Indian journal of veterinary science and animal husbandry - Volume 9,
Year: 1939
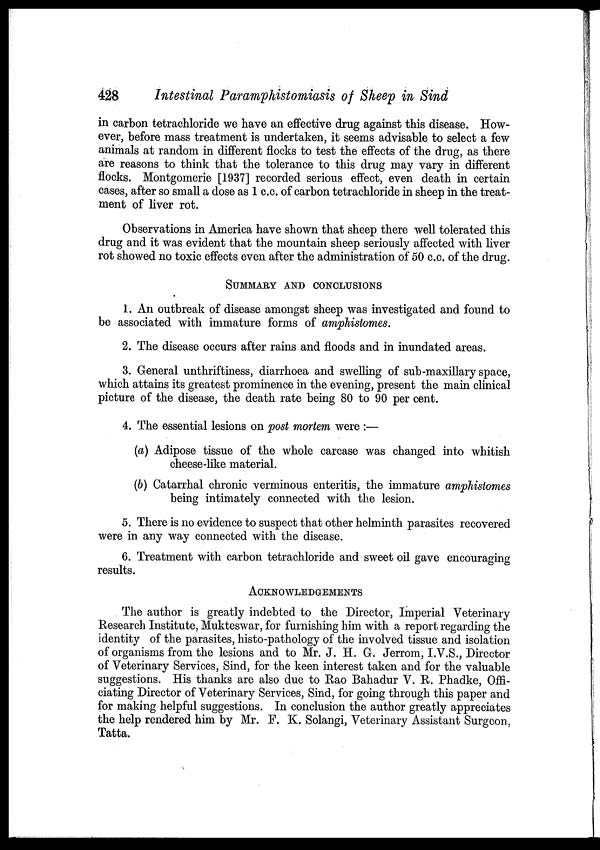
428
Intestinal Paramphistomiasis of Sheep in Sind
in carbon tetrachloride we have an effective drug against this disease. How-
ever, before mass treatment is undertaken, it seems advisable to select a few
animals at random in different flocks to test the effects of the drug, as there
are reasons to think that the tolerance to this drug may vary in different
flocks. Montgomerie [1937] recorded serious effect, even death in certain
cases, after so small a dose as 1 c.c. of carbon tetrachloride in sheep in the treat-
ment of liver rot.
Observations in America have shown that sheep there well tolerated this
drug and it was evident that the mountain sheep seriously affected with liver
rot showed no toxic effects even after the administration of 50 c.c. of the drug.
SUMMARY AND CONCLUSIONS
1. An outbreak of disease amongst sheep was investigated and found to
be associated with immature forms of amphistomes.
2. The disease occurs after rains and floods and in inundated areas.
3. General unthriftiness, diarrhoea and swelling of sub-maxillary space,
which attains its greatest prominence in the evening, present the main clinical
picture of the disease, the death rate being 80 to 90 per cent.
4. The essential lesions on post mortem were :—
(a) Adipose tissue of the whole carcase was changed into whitish
cheese-like material.
(b) Catarrhal chronic verminous enteritis, the immature amphistomes
being intimately connected with the lesion.
5. There is no evidence to suspect that other helminth parasites recovered
were in any way connected with the disease.
6. Treatment with carbon tetrachloride and sweet oil gave encouraging
results.
ACKNOWLEDGEMENTS
The author is greatly indebted to the Director, Imperial Veterinary
Research Institute, Mukteswar, for furnishing him with a report regarding the
identity of the parasites, histo-pathology of the involved tissue and isolation
of organisms from the lesions and to Mr. J. H. G. Jerrom, I.V.S., Director
of Veterinary Services, Sind, for the keen interest taken and for the valuable
suggestions. His thanks are also due to Rao Bahadur V. R. Phadke, Offi-
ciating Director of Veterinary Services, Sind, for going through this paper and
for making helpful suggestions. In conclusion the author greatly appreciates
the help rendered him by Mr. F. K. Solangi, Veterinary Assistant Surgeon,
Tatta.